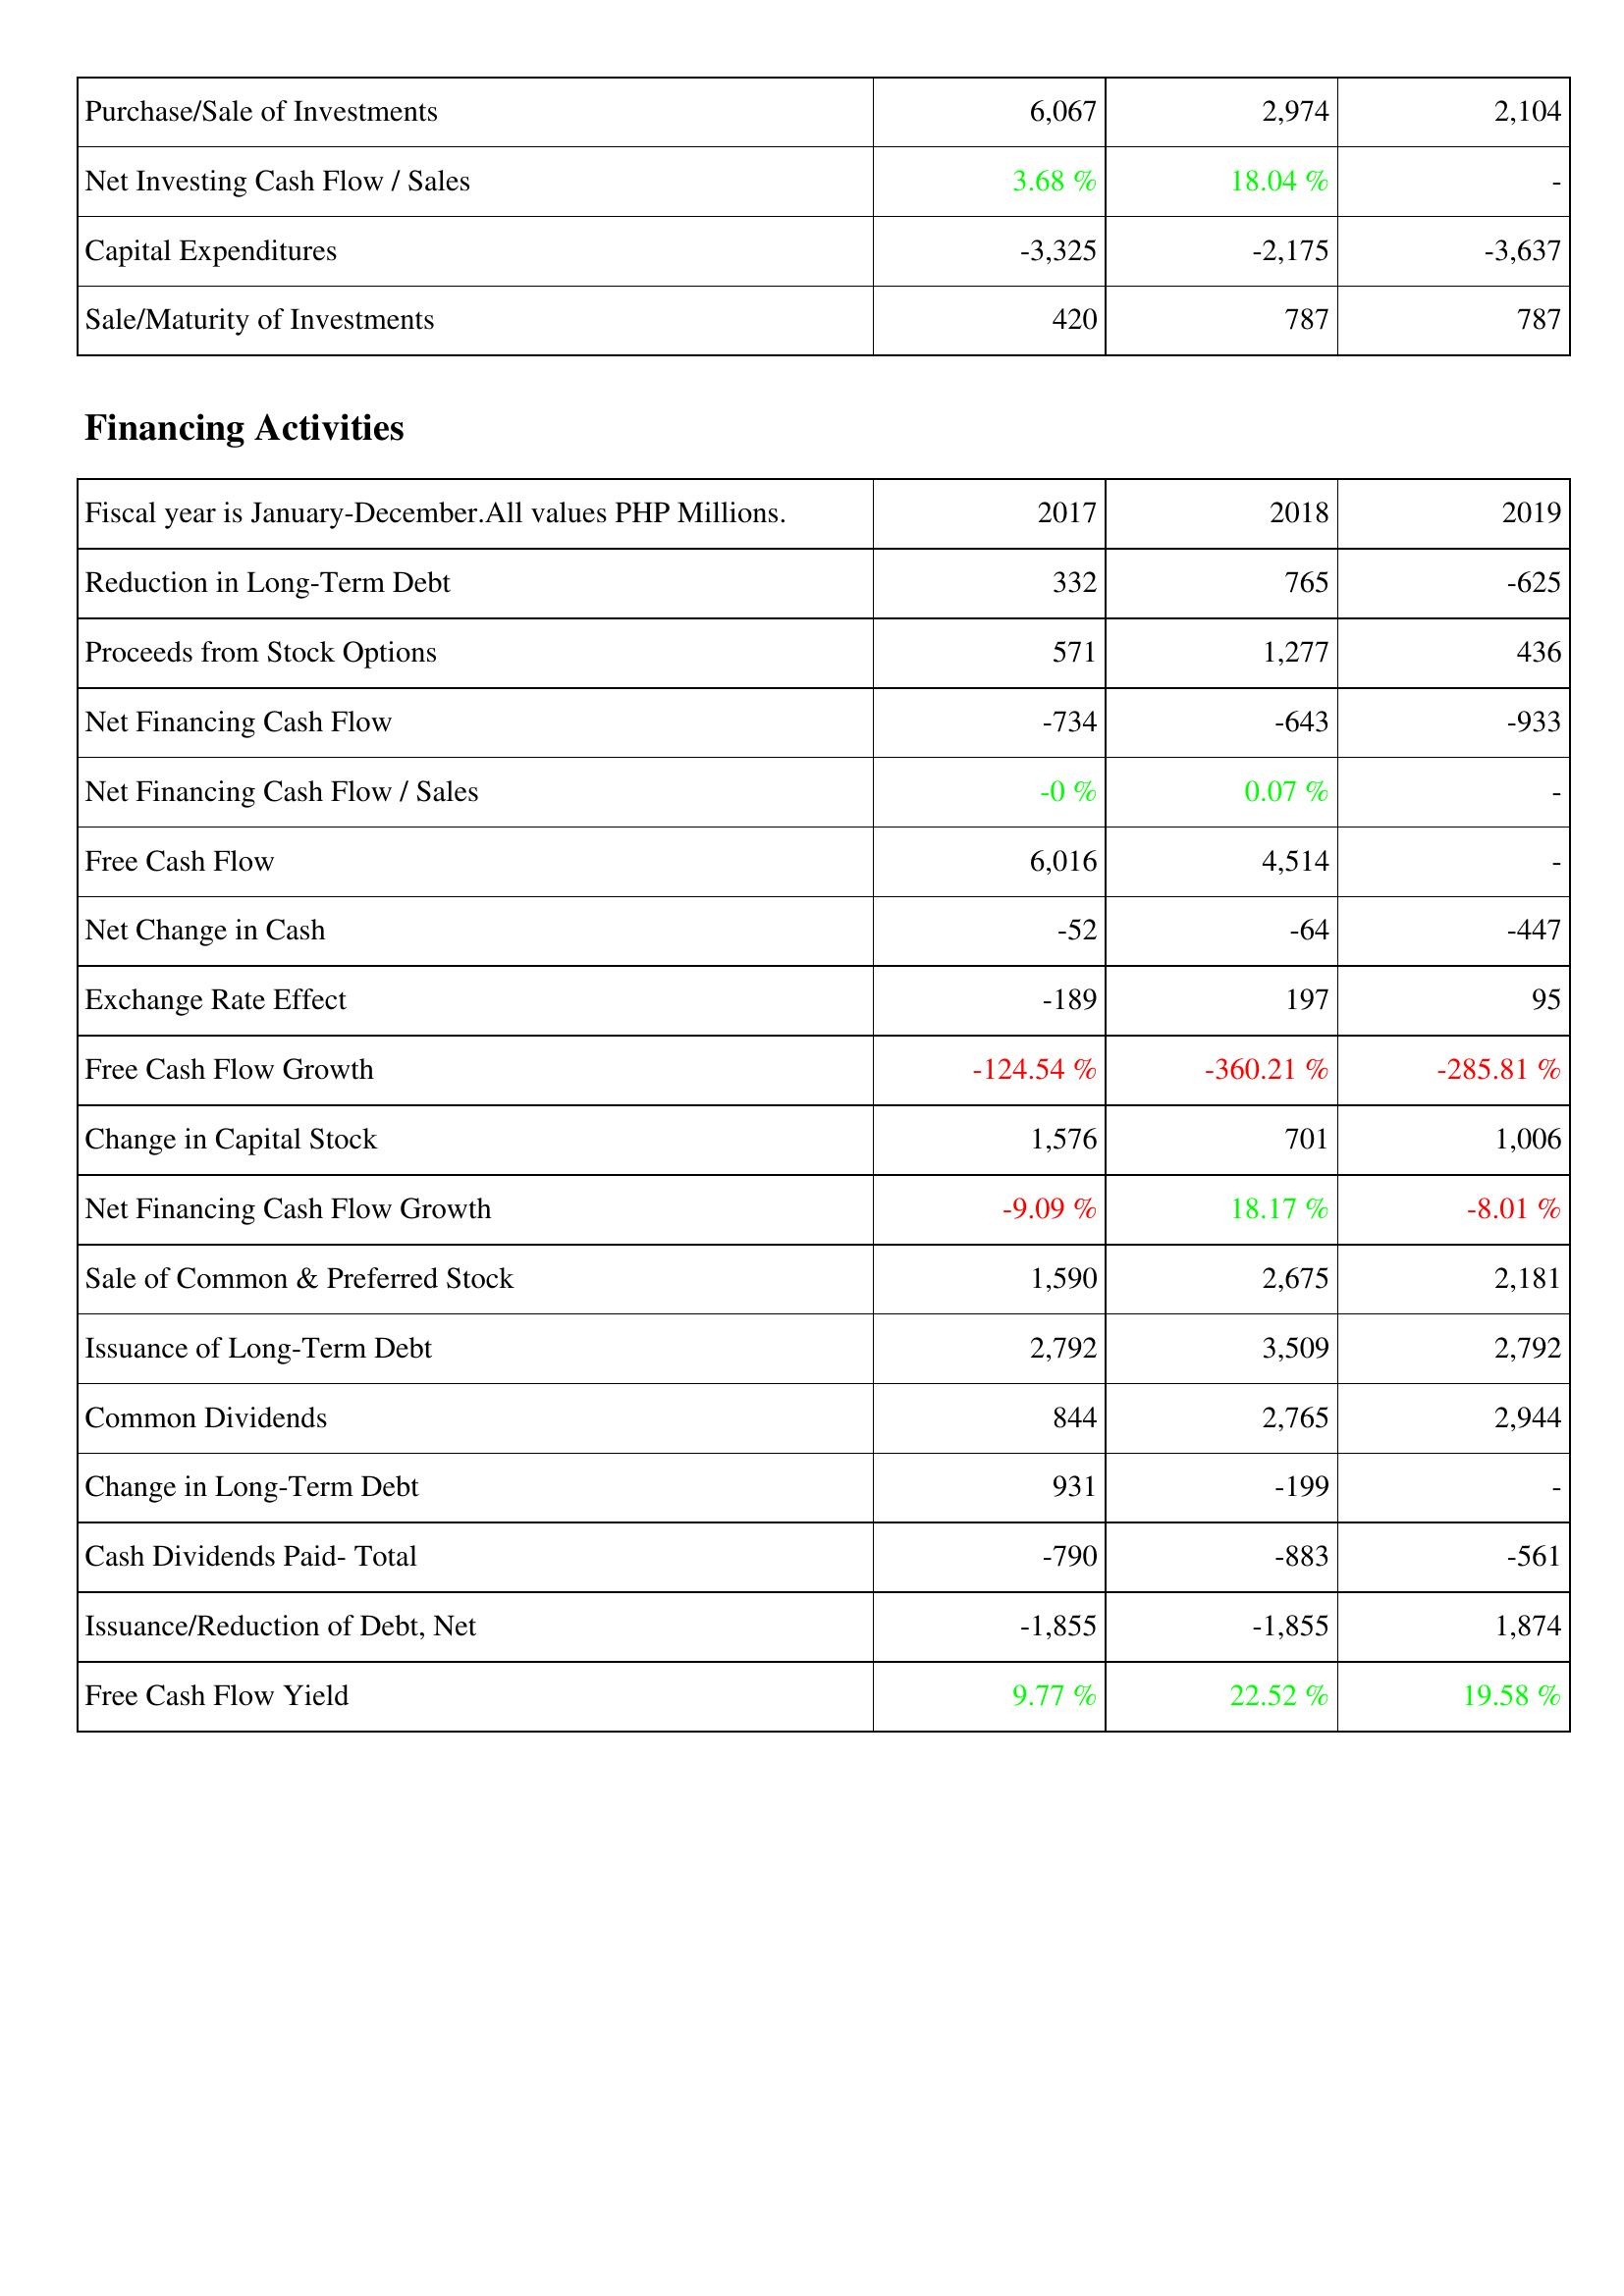
2017: Investing Activities: Purchase/Sale of Investments: 6,067
Net Investing Cash Flow / Sales: 3.68 %
Capital Expenditures: -3,325
Sale/Maturity of Investments: 420
Financing Activities: Reduction in Long-Term Debt: 332
Proceeds from Stock Options: 571
Net Financing Cash Flow: -734
Net Financing Cash Flow / Sales: -0 %
Free Cash Flow: 6,016
Net Change in Cash: -52
Exchange Rate Effect: -189
Free Cash Flow Growth: -124.54 %
Change in Capital Stock: 1,576
Net Financing Cash Flow Growth: -9.09 %
Sale of Common & Preferred Stock: 1,590
Issuance of Long-Term Debt: 2,792
Common Dividends: 844
Change in Long-Term Debt: 931
Cash Dividends Paid- Total: -790
Issuance/Reduction of Debt, Net: -1,855
Free Cash Flow Yield: 9.77 %
2018: Investing Activities: Purchase/Sale of Investments: 2,974
Net Investing Cash Flow / Sales: 18.04 %
Capital Expenditures: -2,175
Sale/Maturity of Investments: 787
Financing Activities: Reduction in Long-Term Debt: 765
Proceeds from Stock Options: 1,277
Net Financing Cash Flow: -643
Net Financing Cash Flow / Sales: 0.07 %
Free Cash Flow: 4,514
Net Change in Cash: -64
Exchange Rate Effect: 197
Free Cash Flow Growth: -360.21 %
Change in Capital Stock: 701
Net Financing Cash Flow Growth: 18.17 %
Sale of Common & Preferred Stock: 2,675
Issuance of Long-Term Debt: 3,509
Common Dividends: 2,765
Change in Long-Term Debt: -199
Cash Dividends Paid- Total: -883
Issuance/Reduction of Debt, Net: -1,855
Free Cash Flow Yield: 22.52 %
2019: Investing Activities: Purchase/Sale of Investments: 2,104
Net Investing Cash Flow / Sales: -
Capital Expenditures: -3,637
Sale/Maturity of Investments: 787
Financing Activities: Reduction in Long-Term Debt: -625
Proceeds from Stock Options: 436
Net Financing Cash Flow: -933
Net Financing Cash Flow / Sales: -
Free Cash Flow: -
Net Change in Cash: -447
Exchange Rate Effect: 95
Free Cash Flow Growth: -285.81 %
Change in Capital Stock: 1,006
Net Financing Cash Flow Growth: -8.01 %
Sale of Common & Preferred Stock: 2,181
Issuance of Long-Term Debt: 2,792
Common Dividends: 2,944
Change in Long-Term Debt: -
Cash Dividends Paid- Total: -561
Issuance/Reduction of Debt, Net: 1,874
Free Cash Flow Yield: 19.58 %